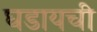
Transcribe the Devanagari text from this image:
घडायची